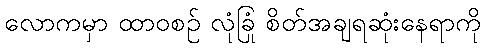
လောကမှာ ထာဝစဉ် လုံခြုံ စိတ်အချရဆုံးနေရာကို